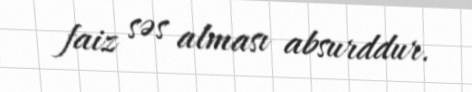
faiz səs alması absurddur.